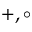
+ , \circ